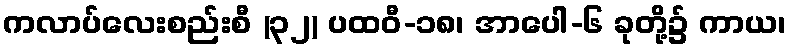
ကလာပ်လေးစည်းစီ (၃၂) ပထဝီ-၁၈၊ အာပေါ-၆ ခုတို့၌ ကာယ၊